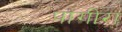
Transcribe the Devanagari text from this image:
पांगीरा